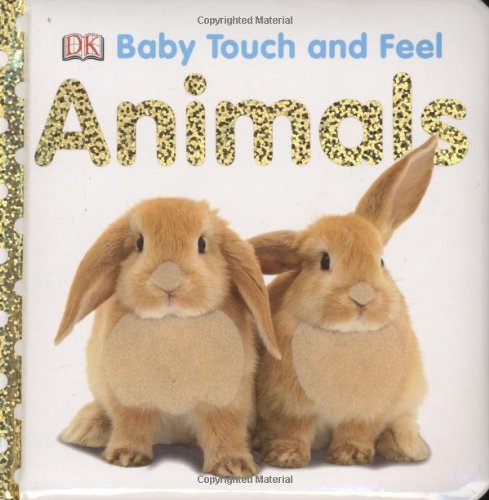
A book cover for Animals (Baby Touch and Feel); DK Publishing; Children's Books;